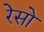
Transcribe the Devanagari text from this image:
रेसो